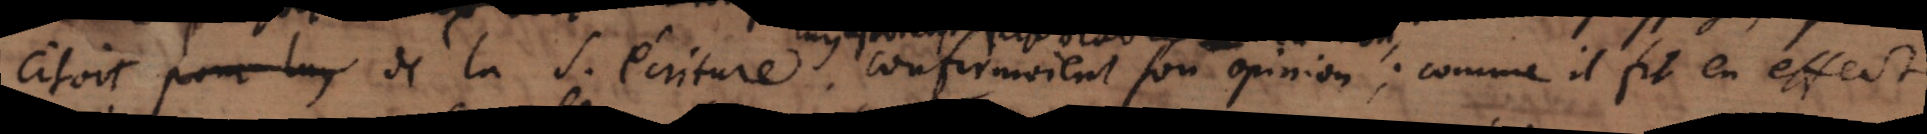
citoit pour luy de la S. écrture confirmirent son opinion; comme il pu en effet